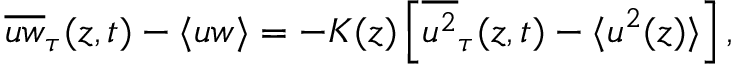
\overline { { u w } } _ { \tau } ( z , t ) - \langle u w \rangle = - K ( z ) \left[ \overline { { u ^ { 2 } } } _ { \tau } ( z , t ) - \langle u ^ { 2 } ( z ) \rangle \right] ,